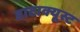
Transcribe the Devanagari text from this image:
डाटाक्यूस्ट